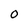
Character: O